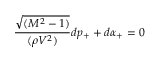
\frac { \sqrt { ( M ^ { 2 } - 1 ) } } { ( \rho V ^ { 2 } ) } d p _ { + } + d \alpha _ { + } = 0